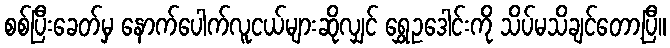
စစ်ပြီးခေတ်မှ နောက်ပေါက်လူငယ်များဆိုလျှင် ရွှေဥဒေါင်းကို သိပ်မသိချင်တော့ပြီ။